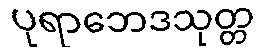
ပုရာဘေဒသုတ္တ